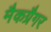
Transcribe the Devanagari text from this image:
मैकग्रैगर